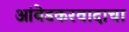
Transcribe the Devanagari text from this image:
आंबेडकरवादाचा